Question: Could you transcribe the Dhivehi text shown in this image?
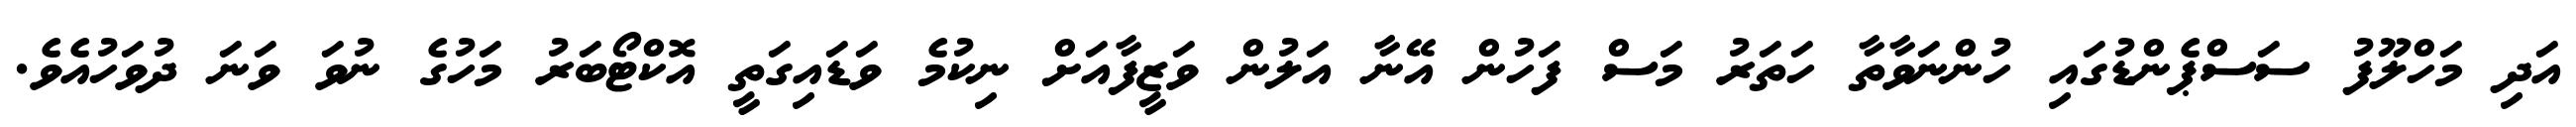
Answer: އަދި މަހްލޫފު ސަސްޕެންޑުގައި ހުންނަވާތާ ހަތަރު މަސް ފަހުން އޭނާ އަލުން ވަޒީފާއަށް ނިކުމެ ވަޑައިގަތީ އޮކްޓޯބަރު މަހުގެ ނުވަ ވަނަ ދުވަހުއެވެ.